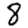
Digit: 8